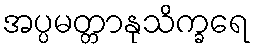
အပ္ပမတ္တာနုသိက္ခရေ